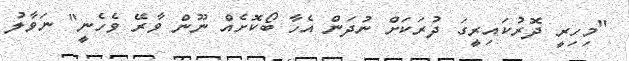
"މިހިރީ ދޮރުކައިރީގަ ދުރަކަށް ނުދަން އެހާ ބޯކޮށެއް ނޫން ވާރޭ ވެހެނީ" ނަވާލު